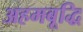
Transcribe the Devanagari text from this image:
अहमबूद्धि